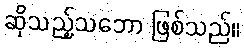
ဆိုသည့်သဘော ဖြစ်သည်။